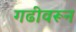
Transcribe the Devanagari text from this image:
गढीवरून